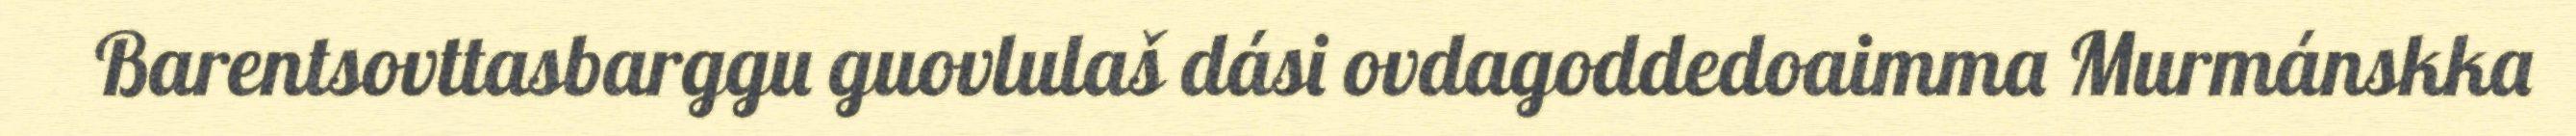
Barentsovttasbarggu guovlulaš dási ovdagoddedoaimma Murmánskka